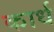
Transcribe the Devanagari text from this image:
कार्ध